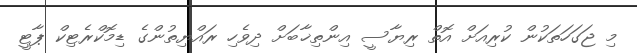
މި ޖަގަހަތަކުން ކުރިއަށް އޮތް ރިޔާސީ އިންތިޚާބަށް ދިވެހި ރައްޔިތުންގެ ޑިމޮކްރެޓިކް ޕާޓީ